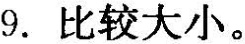
9.比较大小。